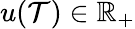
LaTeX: u(\mathcal{T})\in\mathbb{{R}}_{+}